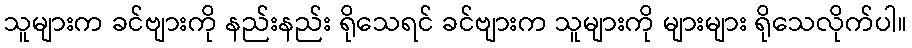
သူများက ခင်ဗျားကို နည်းနည်း ရိုသေရင် ခင်ဗျားက သူများကို များများ ရိုသေလိုက်ပါ။